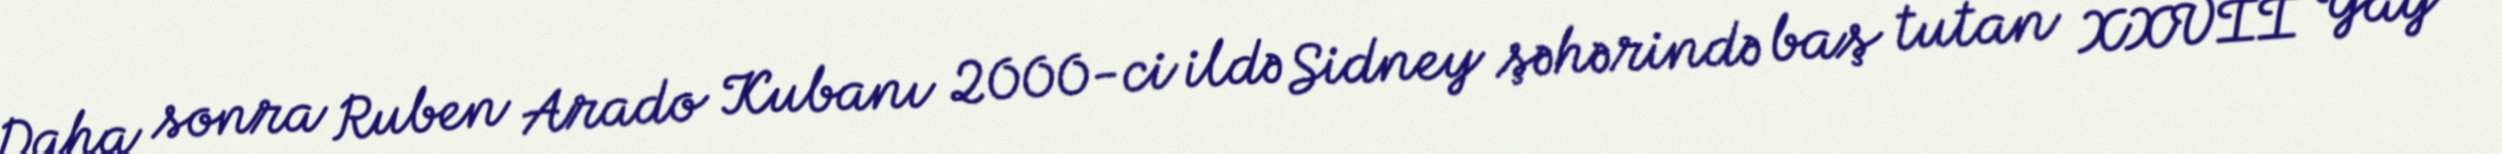
Daha sonra Ruben Arado Kubanı 2000-ci ildə Sidney şəhərində baş tutan XXVII Yay